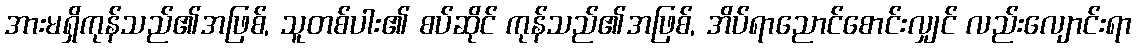
အားမရှိကုန်သည်၏အဖြစ်, သူတစ်ပါး၏ စပ်ဆိုင် ကုန်သည်၏အဖြစ်, အိပ်ရာညောင်စောင်းလျှင် လည်းလျောင်းရာ